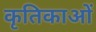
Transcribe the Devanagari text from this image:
कृतिकाओं